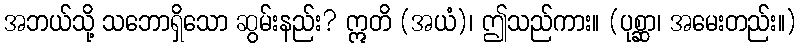
အဘယ်သို့ သဘောရှိသော ဆွမ်းနည်း? ဣတိ (အယံ)၊ ဤသည်ကား။ (ပုစ္ဆာ၊ အမေးတည်း။)